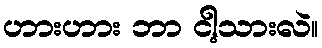
ဟားဟား ဘာ ငါ့သားလဲ။